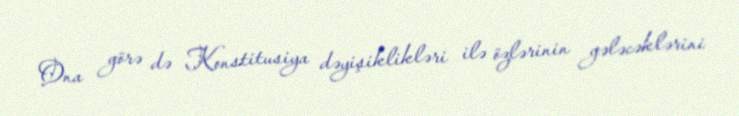
Ona görə də Konstitusiya dəyişiklikləri ilə özlərinin gələcəklərini